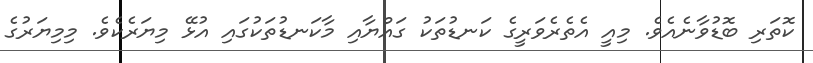
ކޮތަރި ބޮޑުވާނެއެވެ. މިއީ އެތެރެވަރީގެ ކަނޑުތަކު ގައްޔާއި މާކަނޑުތަކުގައި އުޅޭ މިޔަރެކެވެ. މިމިޔަރުގެ